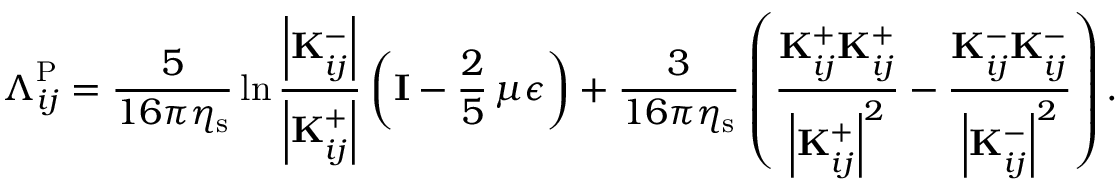
\boldsymbol { \Lambda } _ { i j } ^ { \mathrm { P } } = \frac { 5 } { 1 6 \pi \eta _ { \mathrm { s } } } \ln \frac { \left| \mathbf { K } _ { i j } ^ { - } \right| } { \left| \mathbf { K } _ { i j } ^ { + } \right| } \left( \mathbf { I } - \frac { 2 } { 5 } \, \mu \boldsymbol { \epsilon } \right) + \frac { 3 } { 1 6 \pi \eta _ { \mathrm { s } } } \left( \frac { \mathbf { K } _ { i j } ^ { + } \mathbf { K } _ { i j } ^ { + } } { \left| \mathbf { K } _ { i j } ^ { + } \right| ^ { 2 } } - \frac { \mathbf { K } _ { i j } ^ { - } \mathbf { K } _ { i j } ^ { - } } { \left| \mathbf { K } _ { i j } ^ { - } \right| ^ { 2 } } \right) .